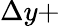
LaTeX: \Delta y+